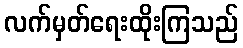
လက်မှတ်ရေးထိုးကြသည်